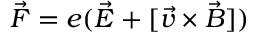
\vec { F } = e ( \vec { E } + [ \vec { v } \times \vec { B } ] )